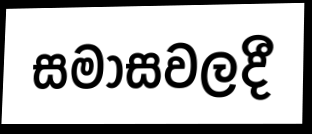
සමාසවලදී